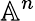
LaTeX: \mathbb{A}^{n}